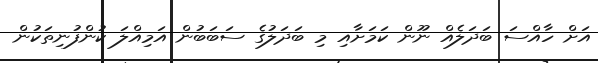
އަށް ހާއްސަ ބަދަލެއް ނޫން ކަމަށާއި މި ބަދަލުގެ ސަބަބުން އަމިއްލަ ކުންފުނިތަކުން